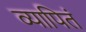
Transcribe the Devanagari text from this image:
व्यापितं